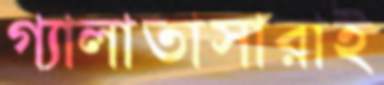
গ্যালাতাসারাই